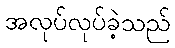
အလုပ်လုပ်ခဲ့သည်